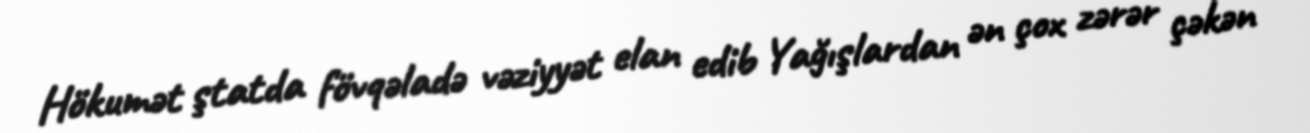
Hökumət ştatda fövqəladə vəziyyət elan edib Yağışlardan ən çox zərər çəkən